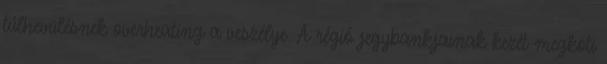
túlhevülésnek overheating a veszélye. A régió jegybankjainak kezét megköti